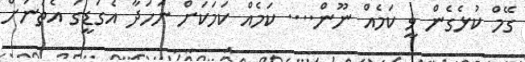
ގޭމް ކުޅެގެން ވީ ކަމެއް ނޫން.... ކަމެއް ކަމަކަށް ނަހަދާ އެގަޑީގަ އެތަނަށް